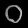
Digit: ၀